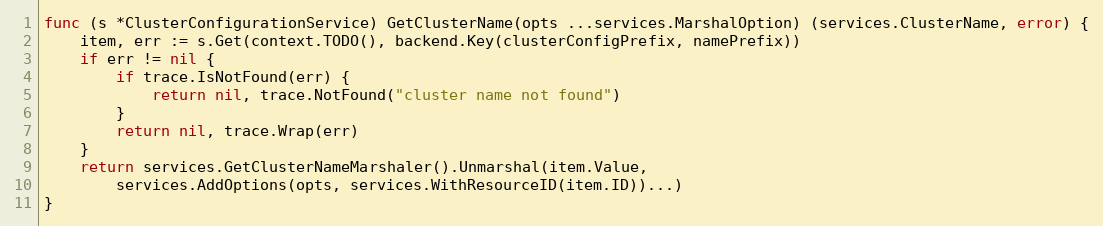
Language: Go
func (s *ClusterConfigurationService) GetClusterName(opts ...services.MarshalOption) (services.ClusterName, error) {
	item, err := s.Get(context.TODO(), backend.Key(clusterConfigPrefix, namePrefix))
	if err != nil {
		if trace.IsNotFound(err) {
			return nil, trace.NotFound("cluster name not found")
		}
		return nil, trace.Wrap(err)
	}
	return services.GetClusterNameMarshaler().Unmarshal(item.Value,
		services.AddOptions(opts, services.WithResourceID(item.ID))...)
}